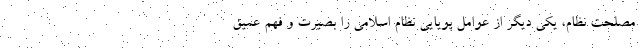
مصلحت نظام، یکی دیگر از عوامل پویایی نظام اسلامی را بصیرت و فهم عمیق